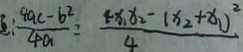
: \frac { 4 a c - b ^ { 2 } } { 4 a } = \frac { 4 x _ { 1 } x _ { 2 } - ( x _ { 2 } + x _ { 1 } ) ^ { 2 } } { 4 }